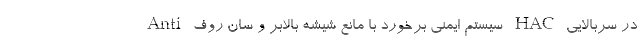
در سربالایی HAC سیستم ایمنی برخورد با مانع شیشه بالابر و سان روف Anti